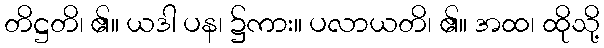
တိဋ္ဌတိ၊ ၏။ ယဒါ ပန၊ ၌ကား။ ပလာယတိ၊ ၏။ အထ၊ ထိုသို့